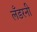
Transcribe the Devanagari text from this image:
लँडरनी